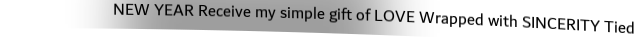
NEW YEAR Receive my simple gift of LOVE Wrapped with SINCERITY Tied